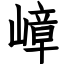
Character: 嶂